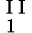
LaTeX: _{\mathrm{~1~}}^{\mathrm{~I~I~}}